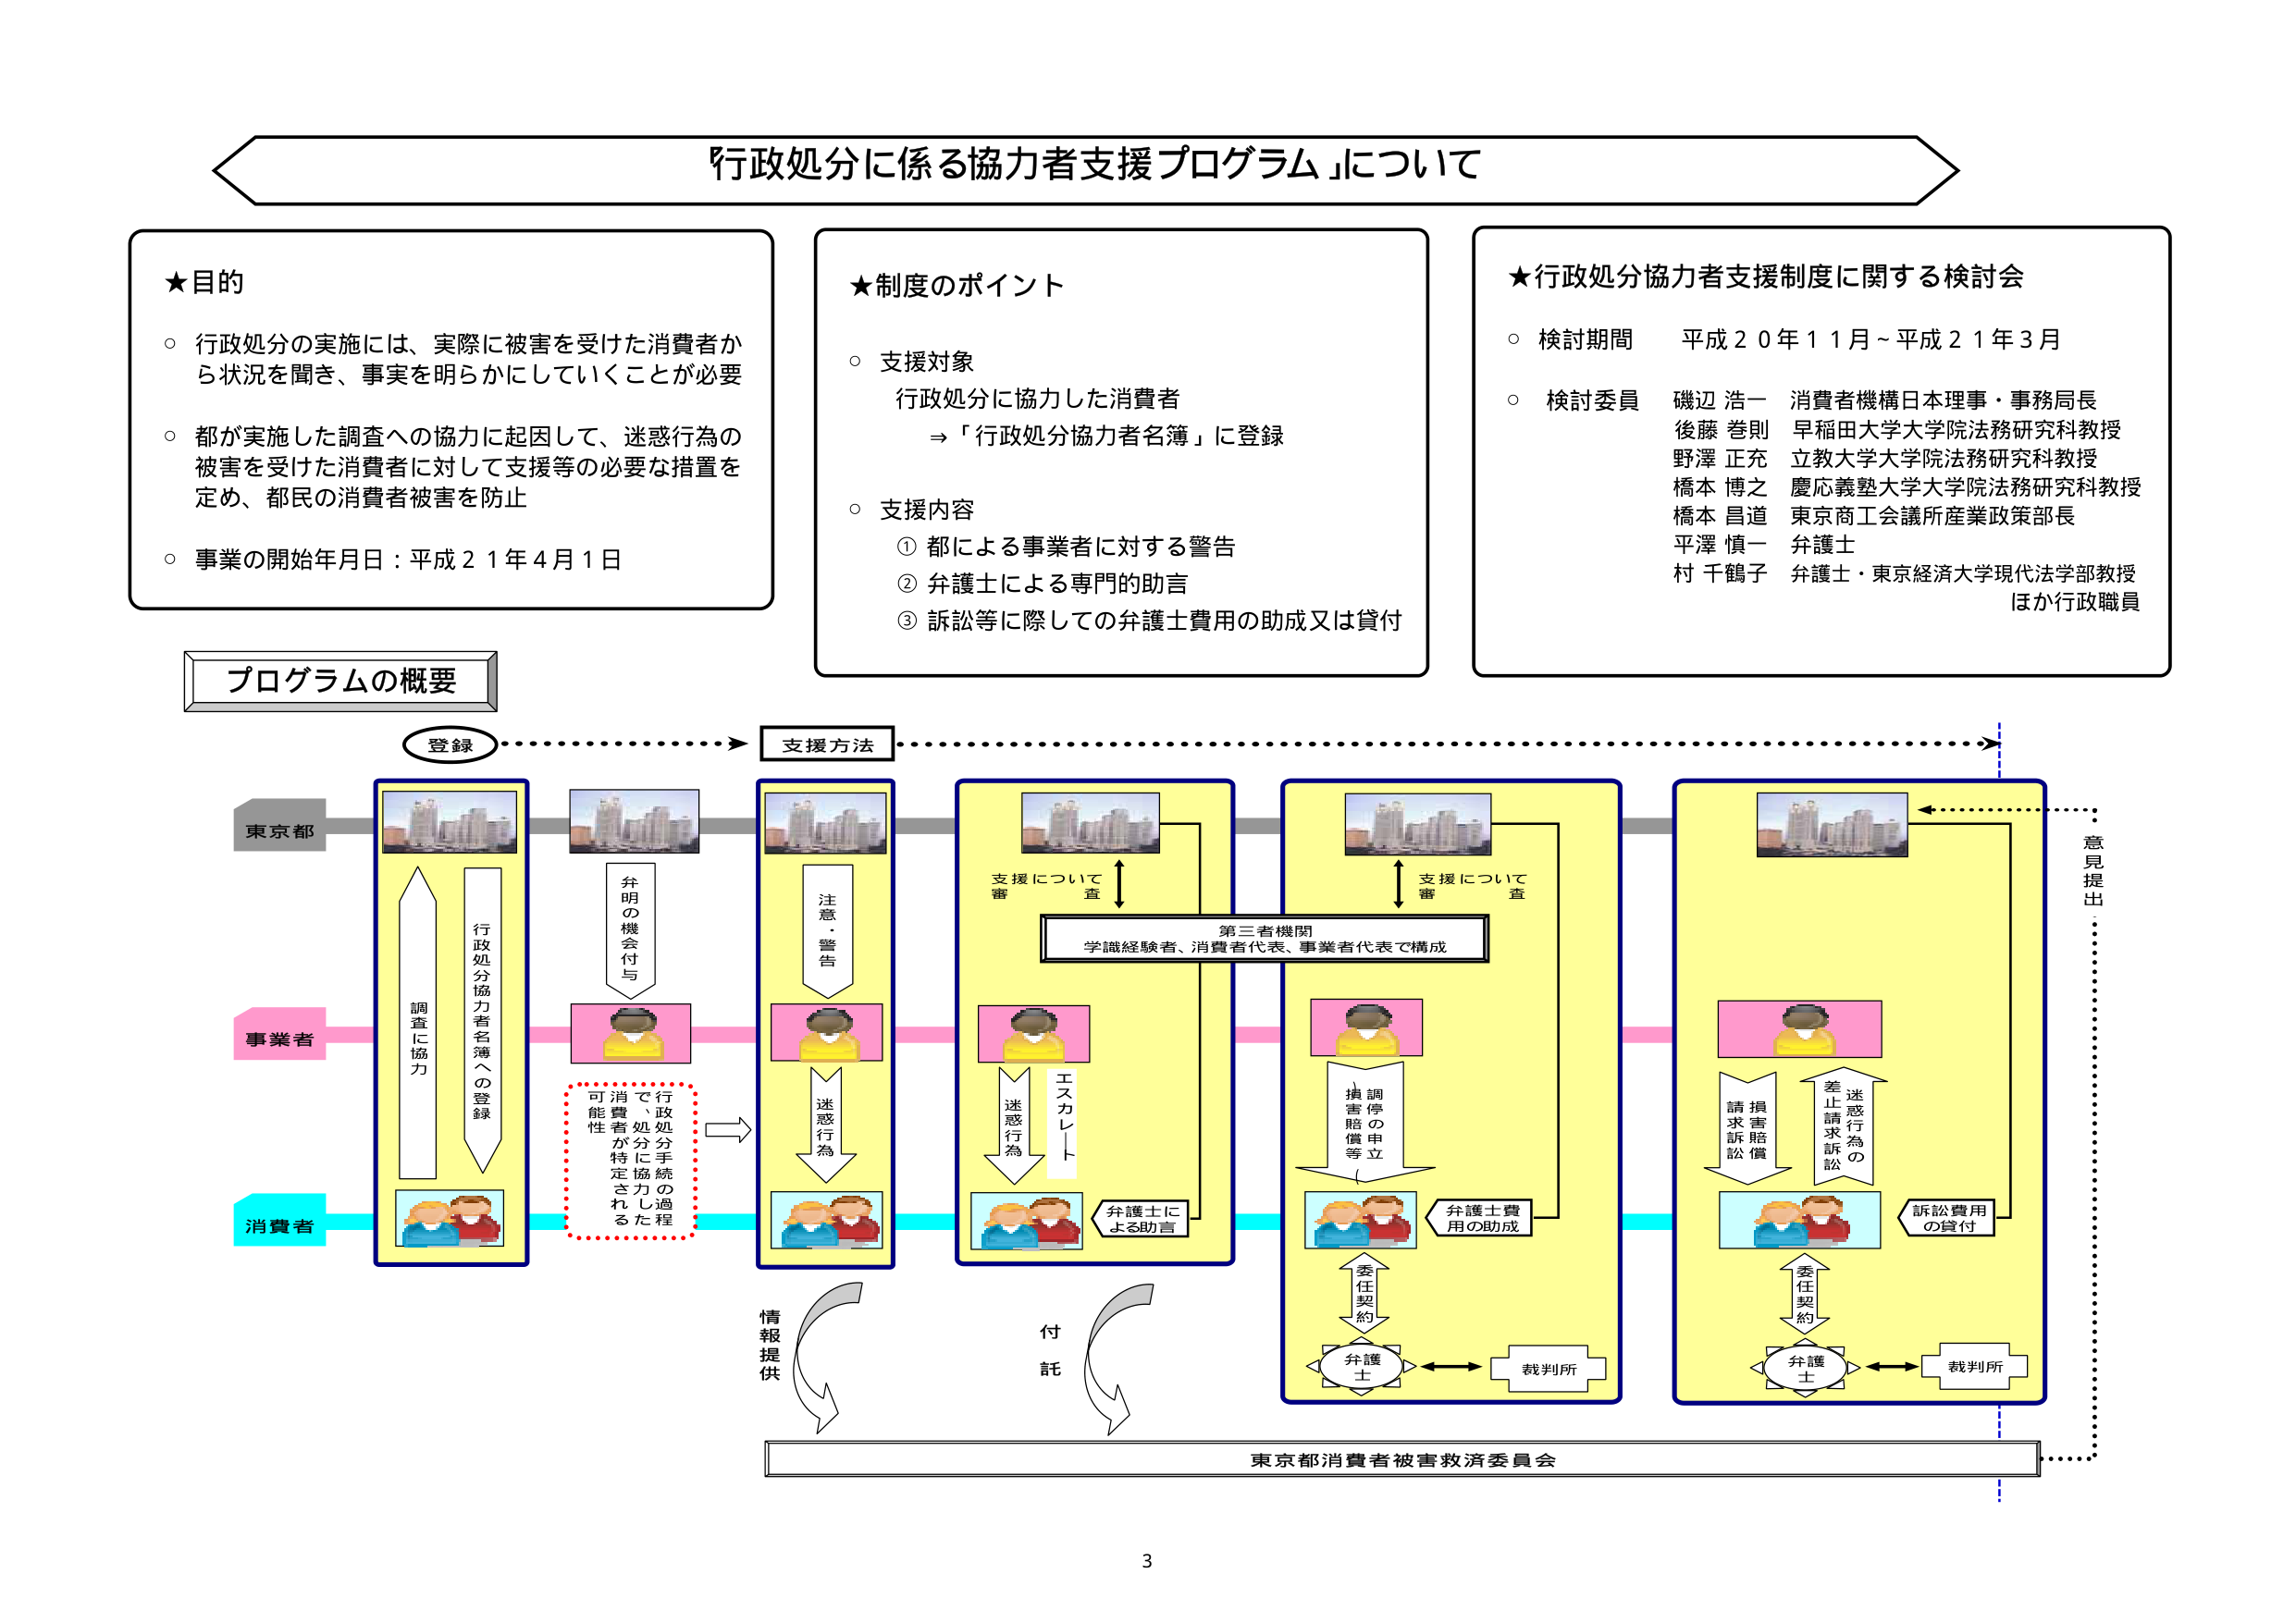
「行政処分に係る協力者支援プログラム」について

★目的
○ 行政処分の実施には、実際に被害を受けた消費者から状況を聞き、事実を明らかにしていくことが必要
○ 都が実施した調査への協力に起因して、迷惑行為の被害を受けた消費者に対して支援等の必要な措置を定め、都民の消費者被害を防止
○ 事業の開始年月日：平成21年4月1日

★制度のポイント
○ 支援対象
　行政処分に協力した消費者
　⇒「行政処分協力者名簿」に登録
○ 支援内容
　① 都による事業者に対する警告
　② 弁護士による専門的助言
　③ 訴訟等に際しての弁護士費用の助成又は貸付

★行政処分協力者支援制度に関する検討会
○ 検討期間　平成20年11月～平成21年3月
○ 検討委員
　磯辺 浩一　消費者機構日本理事・事務局長
　後藤 巻則　早稲田大学大学院法務研究科教授
　野澤 正充　立教大学大学院法務研究科教授
　橋本 博之　慶応義塾大学大学院法務研究科教授
　橋本 昌道　東京商工会議所産業政策部長
　平澤 慎一　弁護士
　村 千鶴子　弁護士・東京経済大学現代法学部教授
　ほか行政職員

プログラムの概要

登録　　　　　　　　　　　　　　　　　　　支援方法

東京都